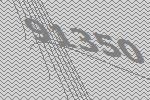
91350